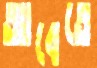
আবেতে